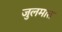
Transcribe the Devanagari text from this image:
जुलमात